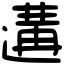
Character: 遘